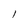
Character: 1